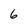
Character: 6